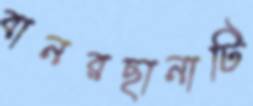
বানরছানাটি